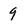
Character: 9